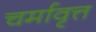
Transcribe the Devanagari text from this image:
चर्मावृत्त